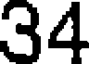
34